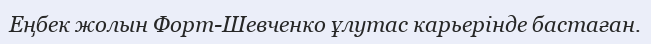
Еңбек жолын Форт-Шевченко ұлутас карьерінде бастаған.